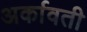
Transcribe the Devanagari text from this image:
अर्कावती